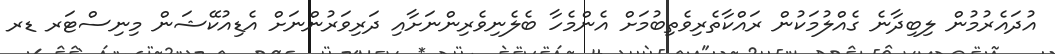
އުދައެރުމުން ލިބިދާނެ ގެއްލުމަކުން ރައްކާތެރިވެތިބުމަށް އެންމެހާ ބެލެނިވެރިންނަށާއި ދަރިވަރުންނަށް އެޑިއުކޭޝަން މިނިސްޓަރ ޑރ